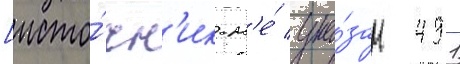
[исто́чн'ик н'е́ ука́зан 491